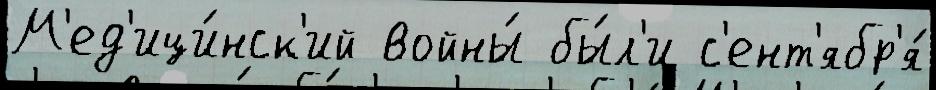
М'ед'ици́нск'ий войны́ бы́л'и с'ент'ябр'я́